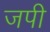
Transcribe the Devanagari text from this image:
जपी